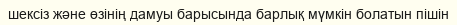
шексіз және өзінің дамуы барысында барлық мүмкін болатын пішін